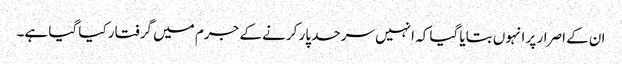
ان کے اصرار پر انہوں بتایا گیا کہ انہیں سرحد پار کرنے کے جرم میں گرفتار کیا گیا ہے۔